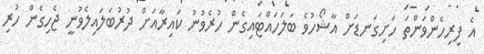
އެ ފިރިހެންވަންތަ ހަށިގަނޑަށް އާޝޯހުވެ ބަލަހައްޓައިގެން ހުރެވުނު ކައިރާއަށް ދުރުބަލައިލެވުނީ ޖެހިގެން ހުރި